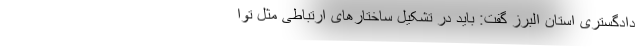
دادگستری استان البرز گفت: باید در تشکیل ساختارهای ارتباطی مثل توا